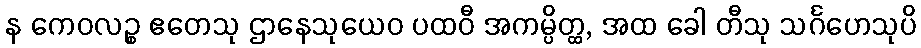
န ကေဝလဉ္စ ဧတေသု ဌာနေသုယေဝ ပထဝီ အကမ္ပိတ္ထ, အထ ခေါ တီသု သင်္ဂဟေသုပိ